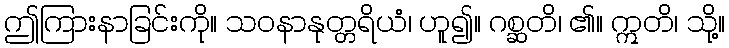
ဤကြားနာခြင်းကို။ သဝနာနုတ္တရိယံ၊ ဟူ၍။ ဂစ္ဆတိ၊ ၏။ ဣတိ၊ သို့။